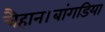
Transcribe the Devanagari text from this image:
चैहान।बांगडिया